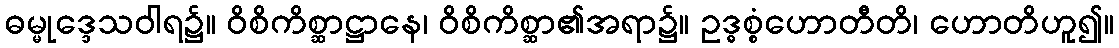
ဓမ္မုဒ္ဒေသဝါရ၌။ ဝိစိကိစ္ဆာဋ္ဌာနေ၊ ဝိစိကိစ္ဆာ၏အရာ၌။ ဥဒ္ဓစ္စံဟောတီတိ၊ ဟောတိဟူ၍။